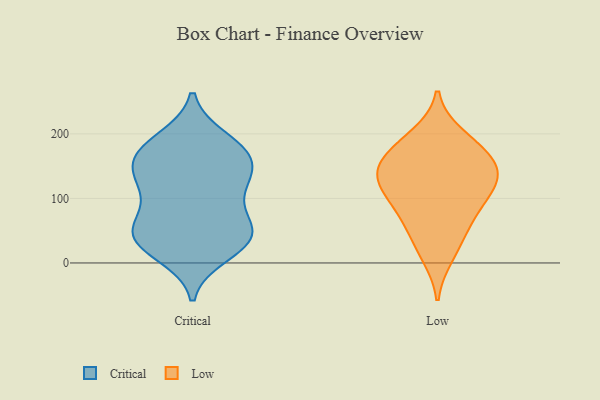
{"axis": {"x": "Population (Million)", "y": "Value"}, "legend": ["Critical", "Low"], "data": [{"x": "", "y": 177, "type": "Critical"}, {"x": "", "y": 181, "type": "Critical"}, {"x": "", "y": 43, "type": "Critical"}, {"x": "", "y": 61, "type": "Critical"}, {"x": "", "y": 115, "type": "Critical"}, {"x": "", "y": 148, "type": "Critical"}, {"x": "", "y": 168, "type": "Critical"}, {"x": "", "y": 153, "type": "Critical"}, {"x": "", "y": 146, "type": "Critical"}, {"x": "", "y": 28, "type": "Critical"}, {"x": "", "y": 191, "type": "Critical"}, {"x": "", "y": 14, "type": "Critical"}, {"x": "", "y": 51, "type": "Critical"}, {"x": "", "y": 114, "type": "Critical"}, {"x": "", "y": 62, "type": "Critical"}, {"x": "", "y": 35, "type": "Critical"}, {"x": "", "y": 38, "type": "Critical"}, {"x": "", "y": 115, "type": "Critical"}, {"x": "", "y": 197, "type": "Low"}, {"x": "", "y": 100, "type": "Low"}, {"x": "", "y": 76, "type": "Low"}, {"x": "", "y": 112, "type": "Low"}, {"x": "", "y": 138, "type": "Low"}, {"x": "", "y": 11, "type": "Low"}, {"x": "", "y": 173, "type": "Low"}, {"x": "", "y": 144, "type": "Low"}, {"x": "", "y": 183, "type": "Low"}, {"x": "", "y": 37, "type": "Low"}, {"x": "", "y": 67, "type": "Low"}, {"x": "", "y": 120, "type": "Low"}, {"x": "", "y": 154, "type": "Low"}, {"x": "", "y": 140, "type": "Low"}]}